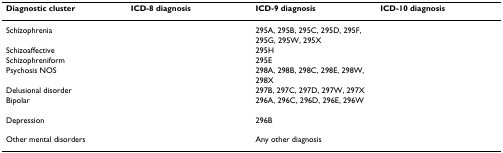
<table><thead><tr><td><b>Diagnostic cluster </b></td><td><b>ICD-8 diagnosis </b></td><td><b>ICD-9 diagnosis </b></td><td><b>ICD-10 diagnosis </b></td></tr></thead><tbody><tr><td>Schizophrenia</td><td>[EMPTY_CELL]</td><td>295A, 295B, 295C, 295D, 295F, 295G, 295W, 295X</td><td>[EMPTY_CELL]</td></tr><tr><td>Schizoaffective</td><td>[EMPTY_CELL]</td><td>295H</td><td>[EMPTY_CELL]</td></tr><tr><td>Schizophreniform</td><td>[EMPTY_CELL]</td><td>295E</td><td>[EMPTY_CELL]</td></tr><tr><td>Psychosis NOS</td><td>[EMPTY_CELL]</td><td>298A, 298B, 298C, 298E, 298W, 298X</td><td>[EMPTY_CELL]</td></tr><tr><td>Delusional disorder</td><td>[EMPTY_CELL]</td><td>297B, 297C, 297D, 297W, 297X</td><td>[EMPTY_CELL]</td></tr><tr><td>Bipolar</td><td>[EMPTY_CELL]</td><td>296A, 296C, 296D, 296E, 296W</td><td>[EMPTY_CELL]</td></tr><tr><td>Depression</td><td>[EMPTY_CELL]</td><td>296B</td><td>[EMPTY_CELL]</td></tr><tr><td>Other mental disorders</td><td>[EMPTY_CELL]</td><td>Any other diagnosis</td><td>[EMPTY_CELL]</td></tr></tbody></table>